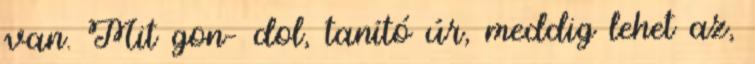
van. Mit gon– dol, tanító úr, meddig lehet az,